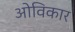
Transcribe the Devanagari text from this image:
ओविकार